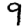
Digit: 9